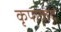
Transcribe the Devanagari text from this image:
कृपाकंद